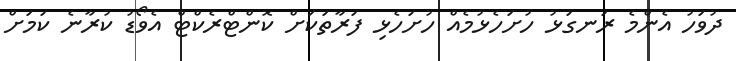
ދުވަހު އެންމެ ރަނގަޅު ހުށަހެޅުމެއް ހުށަހެޅި ފަރާތަކަށް ކޮންޓްރެކްޓް އެވޯޑު ކުރާނެ ކަމަށް